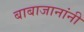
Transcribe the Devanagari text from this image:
बाबाजानांनी